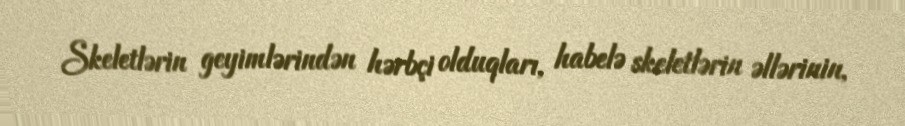
Skeletlərin geyimlərindən hərbçi olduqları, habelə skeletlərin əllərinin,